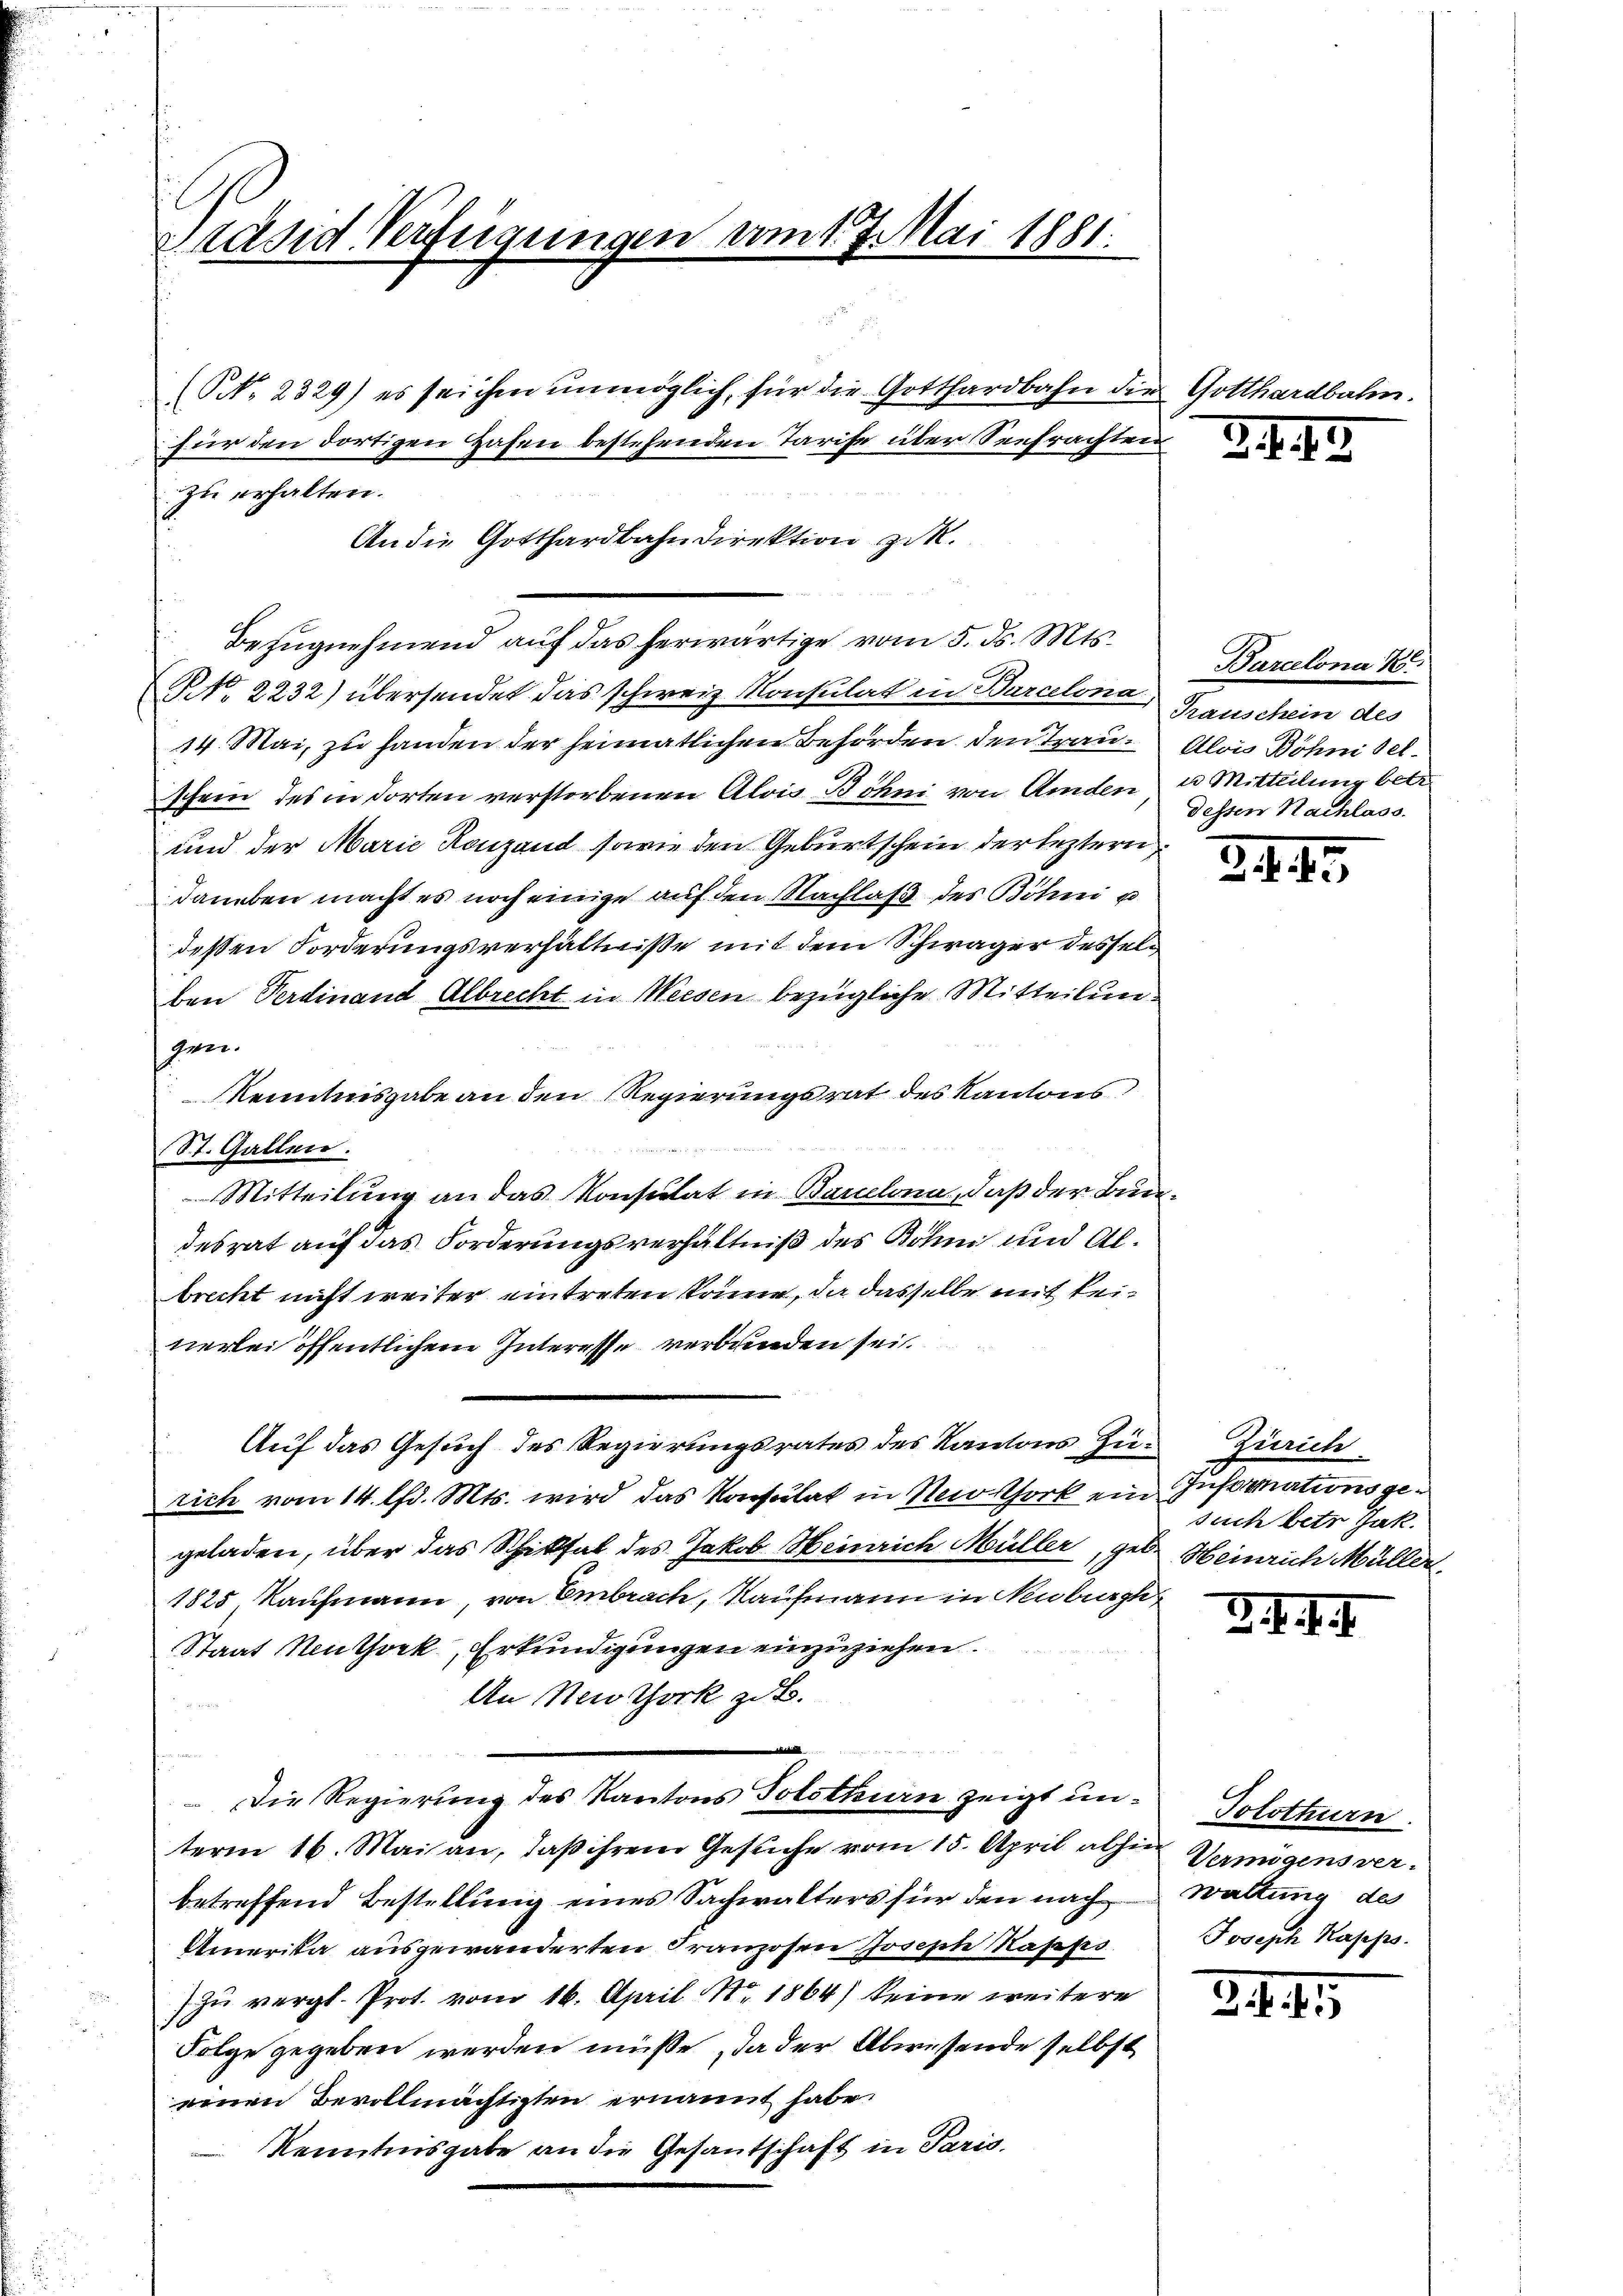
(NNo. 2329) es seichen unmöglich, für die Gotthardbahn die Gotte
zu erhalten.
An die Gotthardbahndirektion zuk
Bezugnehmend auf das herwärtige vom 5. ds. Mts.
No. 2232) übersendet das schweiz. Konsulat in Parcelona Grauschein des
14. Mai, zu handen der heimatlichen Behörden den Trauschein des in dorten verstorbenen Alois Böhni von Amden u Mitteilung betr.
und der Marie Konzend sowie den Geburtschein der leztern
daneben macht es noch einige auf den Nachlaß des Böhni u
deßen Forderungsverhältnisse mit dem Schwäger desselben Verdinand Albrecht in Weesen bezügliche Mitteilungen.
Kenntnisgabe an den Regierungsrat des Kantons
St. Gallen.
Mitteilung an das Konsulat in Barlona, daß der Bundesrat auf das Forderungsverhältniß des Böhm und Albrecht nicht weiter eintreten könne, da dasselbe mit keinerlei öffentlichem Interesse verbunden sei.
Auf das Gesuch des Regierungsrates des Kantons Zürich vom 14. lfd. Mts. wird das Konsulat in Nei Chork ein Informations gegeladen, über das Schiksal des Jakob Heinrich Müller, geb. Heinrich Müller
1825, Kaufmann, von Embrach, Kaufmann in Neuburg
Staat Neuthock, Erkundigungen einzuziehen.
An Neuthork zu.

 Die Regierung des Kantons Solothurn zeigt un¬ Solothurn.
term 16. Mai an, daß ihrem Gesuche vom 15. April als Vermögens verbetreffend Bestellung eines Sachwalters für den nach Waltung de
Amerika ausgewänderten Franzosen Joseph Kappo
) zu vergl. Prot. vom 16. April Nr. 1864) keine weitere
Folge gegeben werden müsse, da der Abwesende selbst
einen Bevollmächtigten ernannt habe.
Kenntnisgabe an die Gesantschaft in Paris.

Präsid. Verfügungen vom 1. 7. Mai 1881.

für den dortigen Hafen bestehenden Tarife über Seefrachten

2. 447

Barcelona Kr
Alois Böhni sel.
dessen Nachlass.

349

Zürich
such betr. Jak.

d. d. d. J.

Joseph Kajeps.

3445